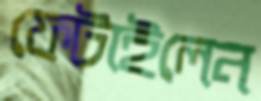
ফেটাইলেন